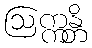
ဩက္ကန္တိ